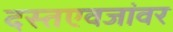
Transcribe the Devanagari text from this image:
दस्तएवजांवर